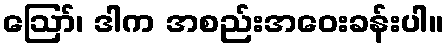
ဪ၊ ဒါက အစည်းအဝေးခန်းပါ။